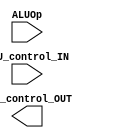
module ALUcontrol(ALUOp, ALU_control_IN, ALU_control_OUT);

input ALUOp;
input [3:0] ALU_control_IN;

wire fun3;
wire fun7;
output ALU_control_OUT;

assign fun3 = ALU_control_IN[2:0];
assign fun7 = ALU_control_IN[3];

// always @(*) begin
//     case(fun3)
//     3'b000: $display("ADD");


//     endcase

    
// end

endmodule